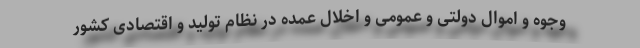
وجوه و اموال دولتی و عمومی و اخلال عمده در نظام تولید و اقتصادی کشور